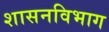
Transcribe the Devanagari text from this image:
शासनविभाग